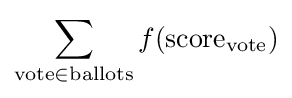
\sum _{{\text{vote}}\in {\text{ballots}}}f({\text{score}}_{\text{vote}})